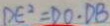
D E ^ { 2 } = D O \cdot D B